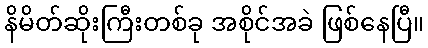
နိမိတ်ဆိုးကြီးတစ်ခု အစိုင်အခဲ ဖြစ်နေပြီ။